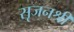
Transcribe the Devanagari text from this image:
सृजनश्री